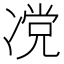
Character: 𰄆